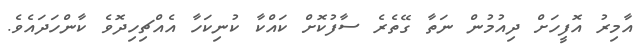
އާމިރު އޮފީހަށް ދިއުމުން ނަތާ ގޭތެރެ ސާފުކޮށް ކައްކާ ކުނިކަހާ އެއްޗިހިދޮވެ ކާންހަދައެވެ.